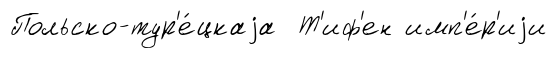
Польско-тур'е́цкаjа Т'иф'ен имп'е́р'иjи